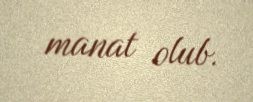
manat olub.